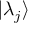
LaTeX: | \lambda _ { j } \rangle